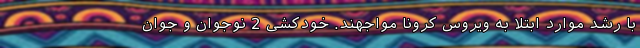
با رشد موارد ابتلا به ویروس کرونا مواجهند. خودکشی 2 نوجوان و جوان